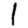
Digit: 1